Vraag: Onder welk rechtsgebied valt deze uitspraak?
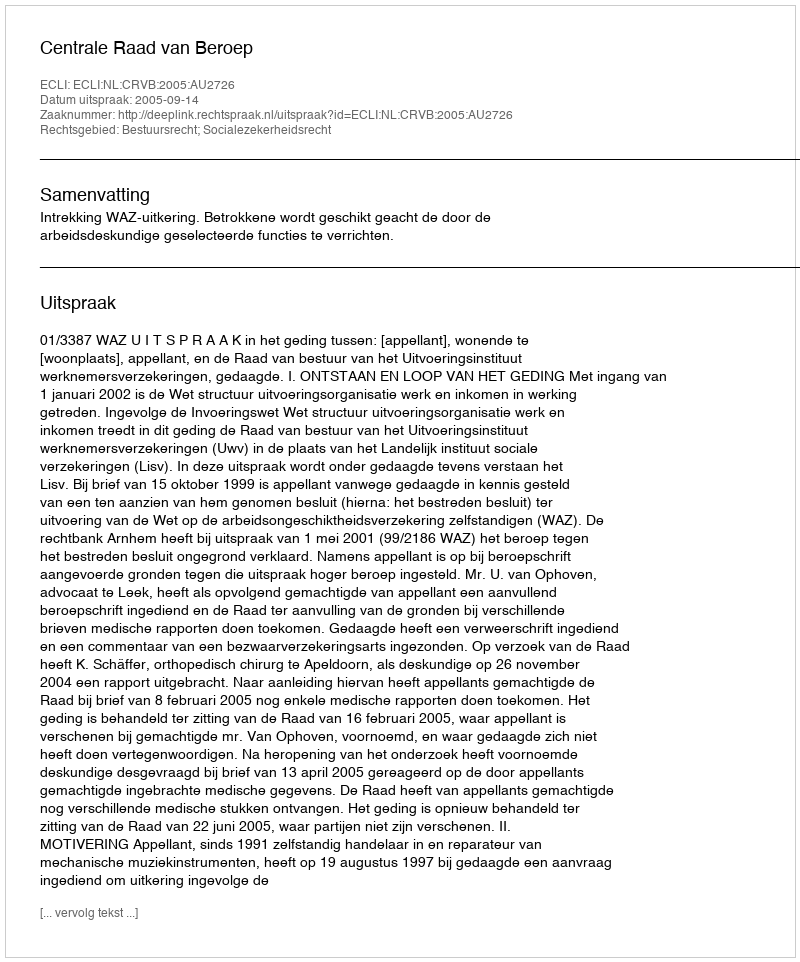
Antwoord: Bestuursrecht; Socialezekerheidsrecht